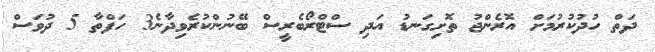
ދަތް ހުދުކުރުމަށް އޮރެންޖު ތޮށިގަނޑު އަދި ސްޓްރޯބެރީސް ބޭނުންކުރެވިދާނެ3 ހަފްތާ 5 ދުވަސް